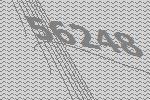
56248